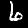
Digit: 6